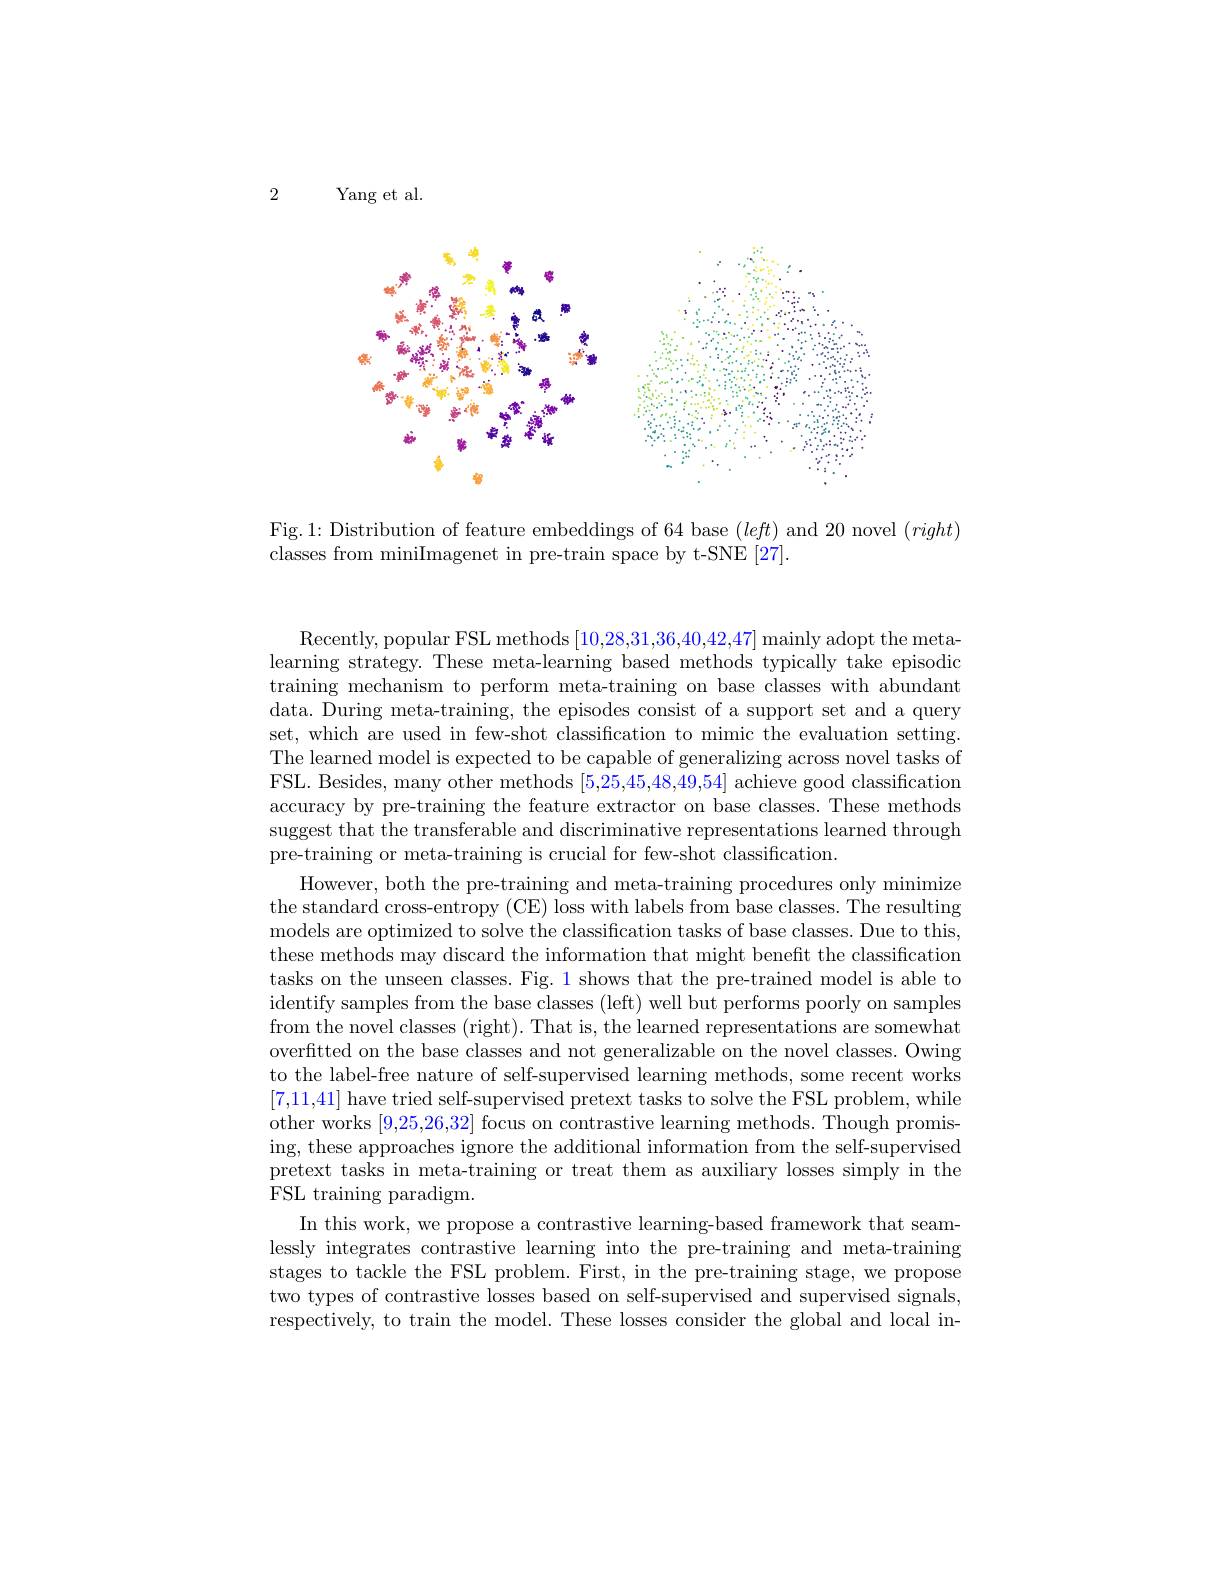
2 Yang et al.

<FigureHere>

Fig.1: Distribution of feature embeddings of 64 base $(left)$ and 20 novel $(right)$
classes from miniImagenet in pre-train space by t-SNE [27].

Recently, popular FSL methods [10,28,31,36,40,42,47] mainly adopt the metalearning strategy. These meta-learning based methods typically take episodic training mechanism to perform meta-training on base classes with abundant data. During meta-training, the episodes consist of a support set and a query set, which are used in few-shot classification to mimic the evaluation setting. The learned model is expected to be capable of generalizing across novel tasks of FSL. Besides, many other methods [5,25,45,48,49,54] achieve good classification accuracy by pre-training the feature extractor on base classes. These methods suggest that the transferable and discriminative representations learned through pre-training or meta-training is crucial for few-shot classification.
However, both the pre-training and meta-training procedures only minimize the standard cross-entropy (CE) loss with labels from base classes. The resulting models are optimized to solve the classification tasks of base classes. Due to this, these methods may discard the information that might benefit the classification tasks on the unseen classes. Fig. 1 shows that the pre-trained model is able to identify samples from the base classes (left) well but performs poorly on samples from the novel classes (right). That is, the learned representations are somewhat overfitted on the base classes and not generalizable on the novel classes. Owing to the label-free nature of self-supervised learning methods, some recent works [7,11,41] have tried self-supervised pretext tasks to solve the FSL problem, while other works [9,25,26,32] focus on contrastive learning methods. Though promising, these approaches ignore the additional information from the self-supervised pretext tasks in meta-training or treat them as auxiliary losses simply in the FSL training paradigm.
In this work, we propose a contrastive learning-based framework that seamlessly integrates contrastive learning into the pre-training and meta-training stages to tackle the FSL problem. First, in the pre-training stage, we propose two types of contrastive losses based on self-supervised and supervised signals, respectively, to train the model. These losses consider the global and local in-